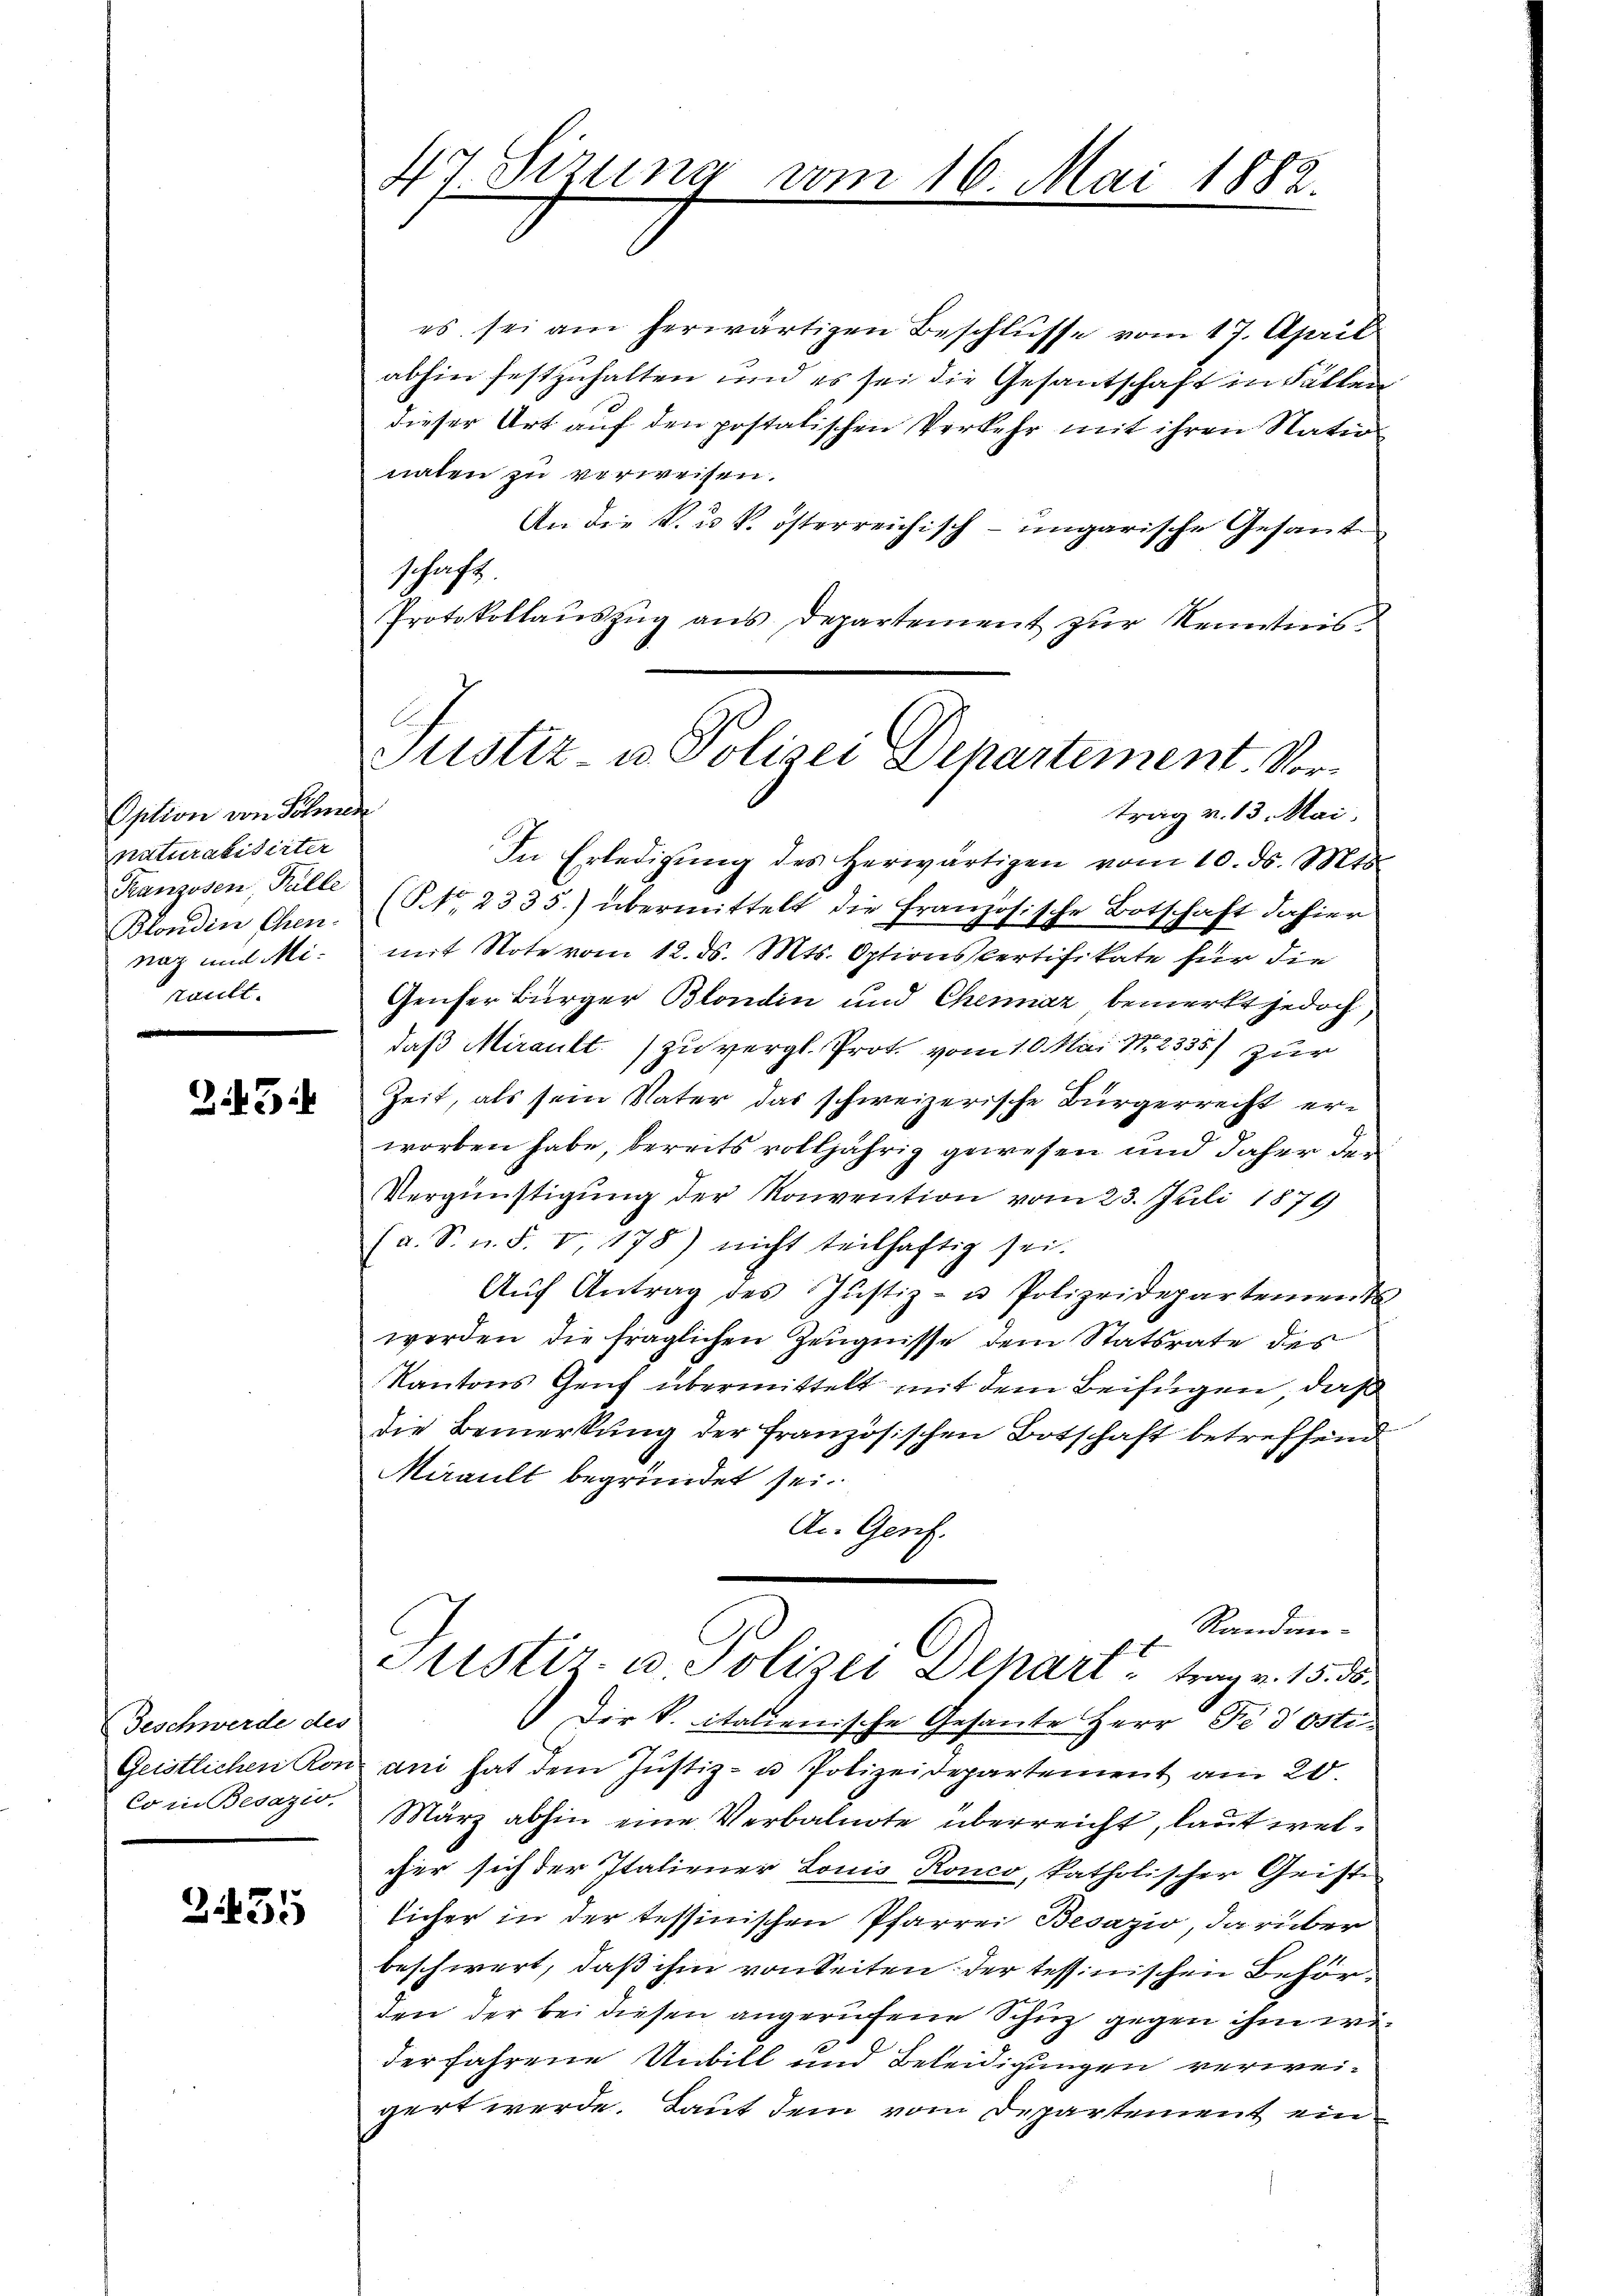
Option von Schnen
naturalisirter
Blondin Ehen.
naz und Mi-
rault.

3

Geschwerde des
Co in Besazio,

2435

47. Sizung

es sei am herwärtigen Beschlüsse vom 17. April
abhin festzuhalten und es sei die Gesantschaft in Fällen
dieser Art auf den postatischen Verkehr mit ihren Natio
naten zu verweisen.
An die K. u. k. österreichisch-ungarische Gesandschaft.
Protokollaŭszŭg ans Departement zŭr Kenntnis-
In Erledigŭng des herwärtigen vom 10. ds. Mts.
Franzosen Fälle (Str. 2335.) übermittelt die Französische Botschaft dahier
mit Note vom 12. ds. Mts. Options certifikate für die
Genser Bürger Blondin und Chenar bemerkt jedoch,
daß Mirault) zu vergl. Prot. vom 10. Mai Nr. 2335) zur
Zeit, als sein Vater das schweizerische Bürgerrecht erworben habe, bereits volljährig gewesen und daher den
Vergünstigung der Konvention vom 23. Juli 1879
(a. S. n. F. v. 178) nicht teilhaftig sei.
Aŭf Antrag des Justiz- u Polizeidepartement
werden die fraglichen Zeugnisse dem Statsrate des
Kantons Genf übermittelt mit dem Beifügen, daß
die Bemerkung der französischen Botschaft betreffend
Miault begründet sei.
Ac. Genf.
Randan¬
Justiz- u. Polizei Dehart trag v. 15. ds.
Dir K. italienische Gesante Herr Fed osti
Geistlichen on ani hat dem Jŭstiz- u Polizeidepartement am 20.
März abhin eine Verbalnote überreicht, laut welcher sich der Italiener Louis Ronco, katholischer Grifte
licher in der tessinischen Pfarrei Besazio, darüber
beschwert, daß ihm von Seiten der tessinischen Behörden der bei diesen angerufene Schuz gegen ihm wie
derfahrene Unbill und Beleidigungen verweigert werde. Laut dem vom Departement ein

79

16. Mai 1882.

.
Justiz- u. Polizei Departement. Vortrag v. 13. Mai,